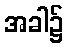
အခါ၌